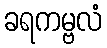
ခရကမ္ဗလံ